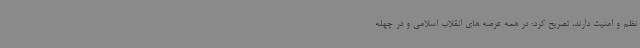
نظم و امنیت دارند، تصریح کرد: در همه عرصه های انقلاب اسلامی و در چهله